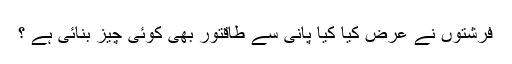
فرشتوں نے عرض کیا کیا پانی سے طاقتور بھی کوئی چیز بنائی ہے ؟